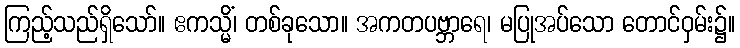
ကြည့်သည်ရှိသော်။ ဧကသ္မိံ၊ တစ်ခုသော။ အကတပဗ္ဘာရေ၊ မပြုအပ်သော တောင်ဝှမ်း၌။